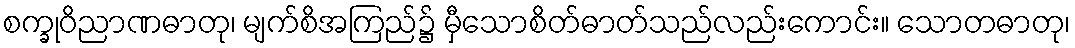
စက္ခုဝိညာဏဓာတု၊ မျက်စိအကြည်၌ မှီသောစိတ်ဓာတ်သည်လည်းကောင်း။ သောတဓာတု၊